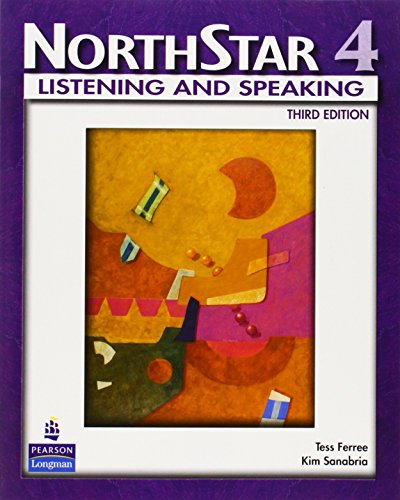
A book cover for NorthStar: Listening and Speaking, Level 4, 3rd Edition; Tess Ferree; Reference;